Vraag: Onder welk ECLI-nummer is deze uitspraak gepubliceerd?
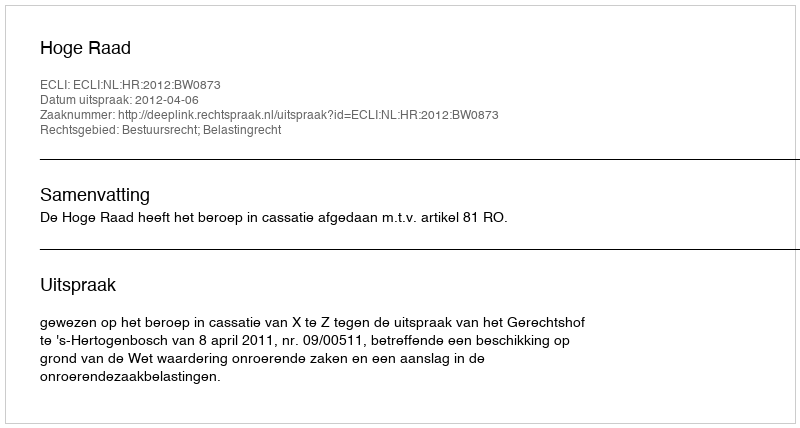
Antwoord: ECLI:NL:HR:2012:BW0873